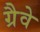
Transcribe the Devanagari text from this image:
ग्रैवे